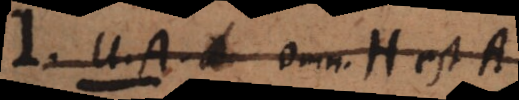
I. U.A. Omn. H est A